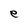
Character: e